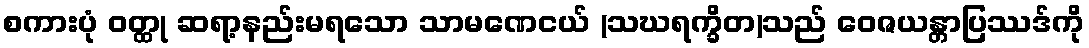
စကားပုံ ဝတ္ထု ဆရာ့နည်းမရသော သာမဏေငယ် (သဃရက္ခိတ)သည် ဝေဇယန္တာပြဿဒ်ကို